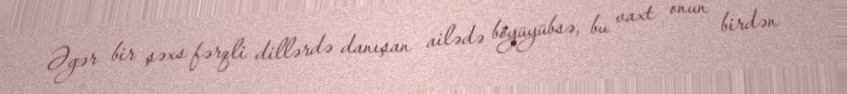
Əgər bir şəxs fərqli dillərdə danışan ailədə böyüyübsə, bu vaxt onun birdən